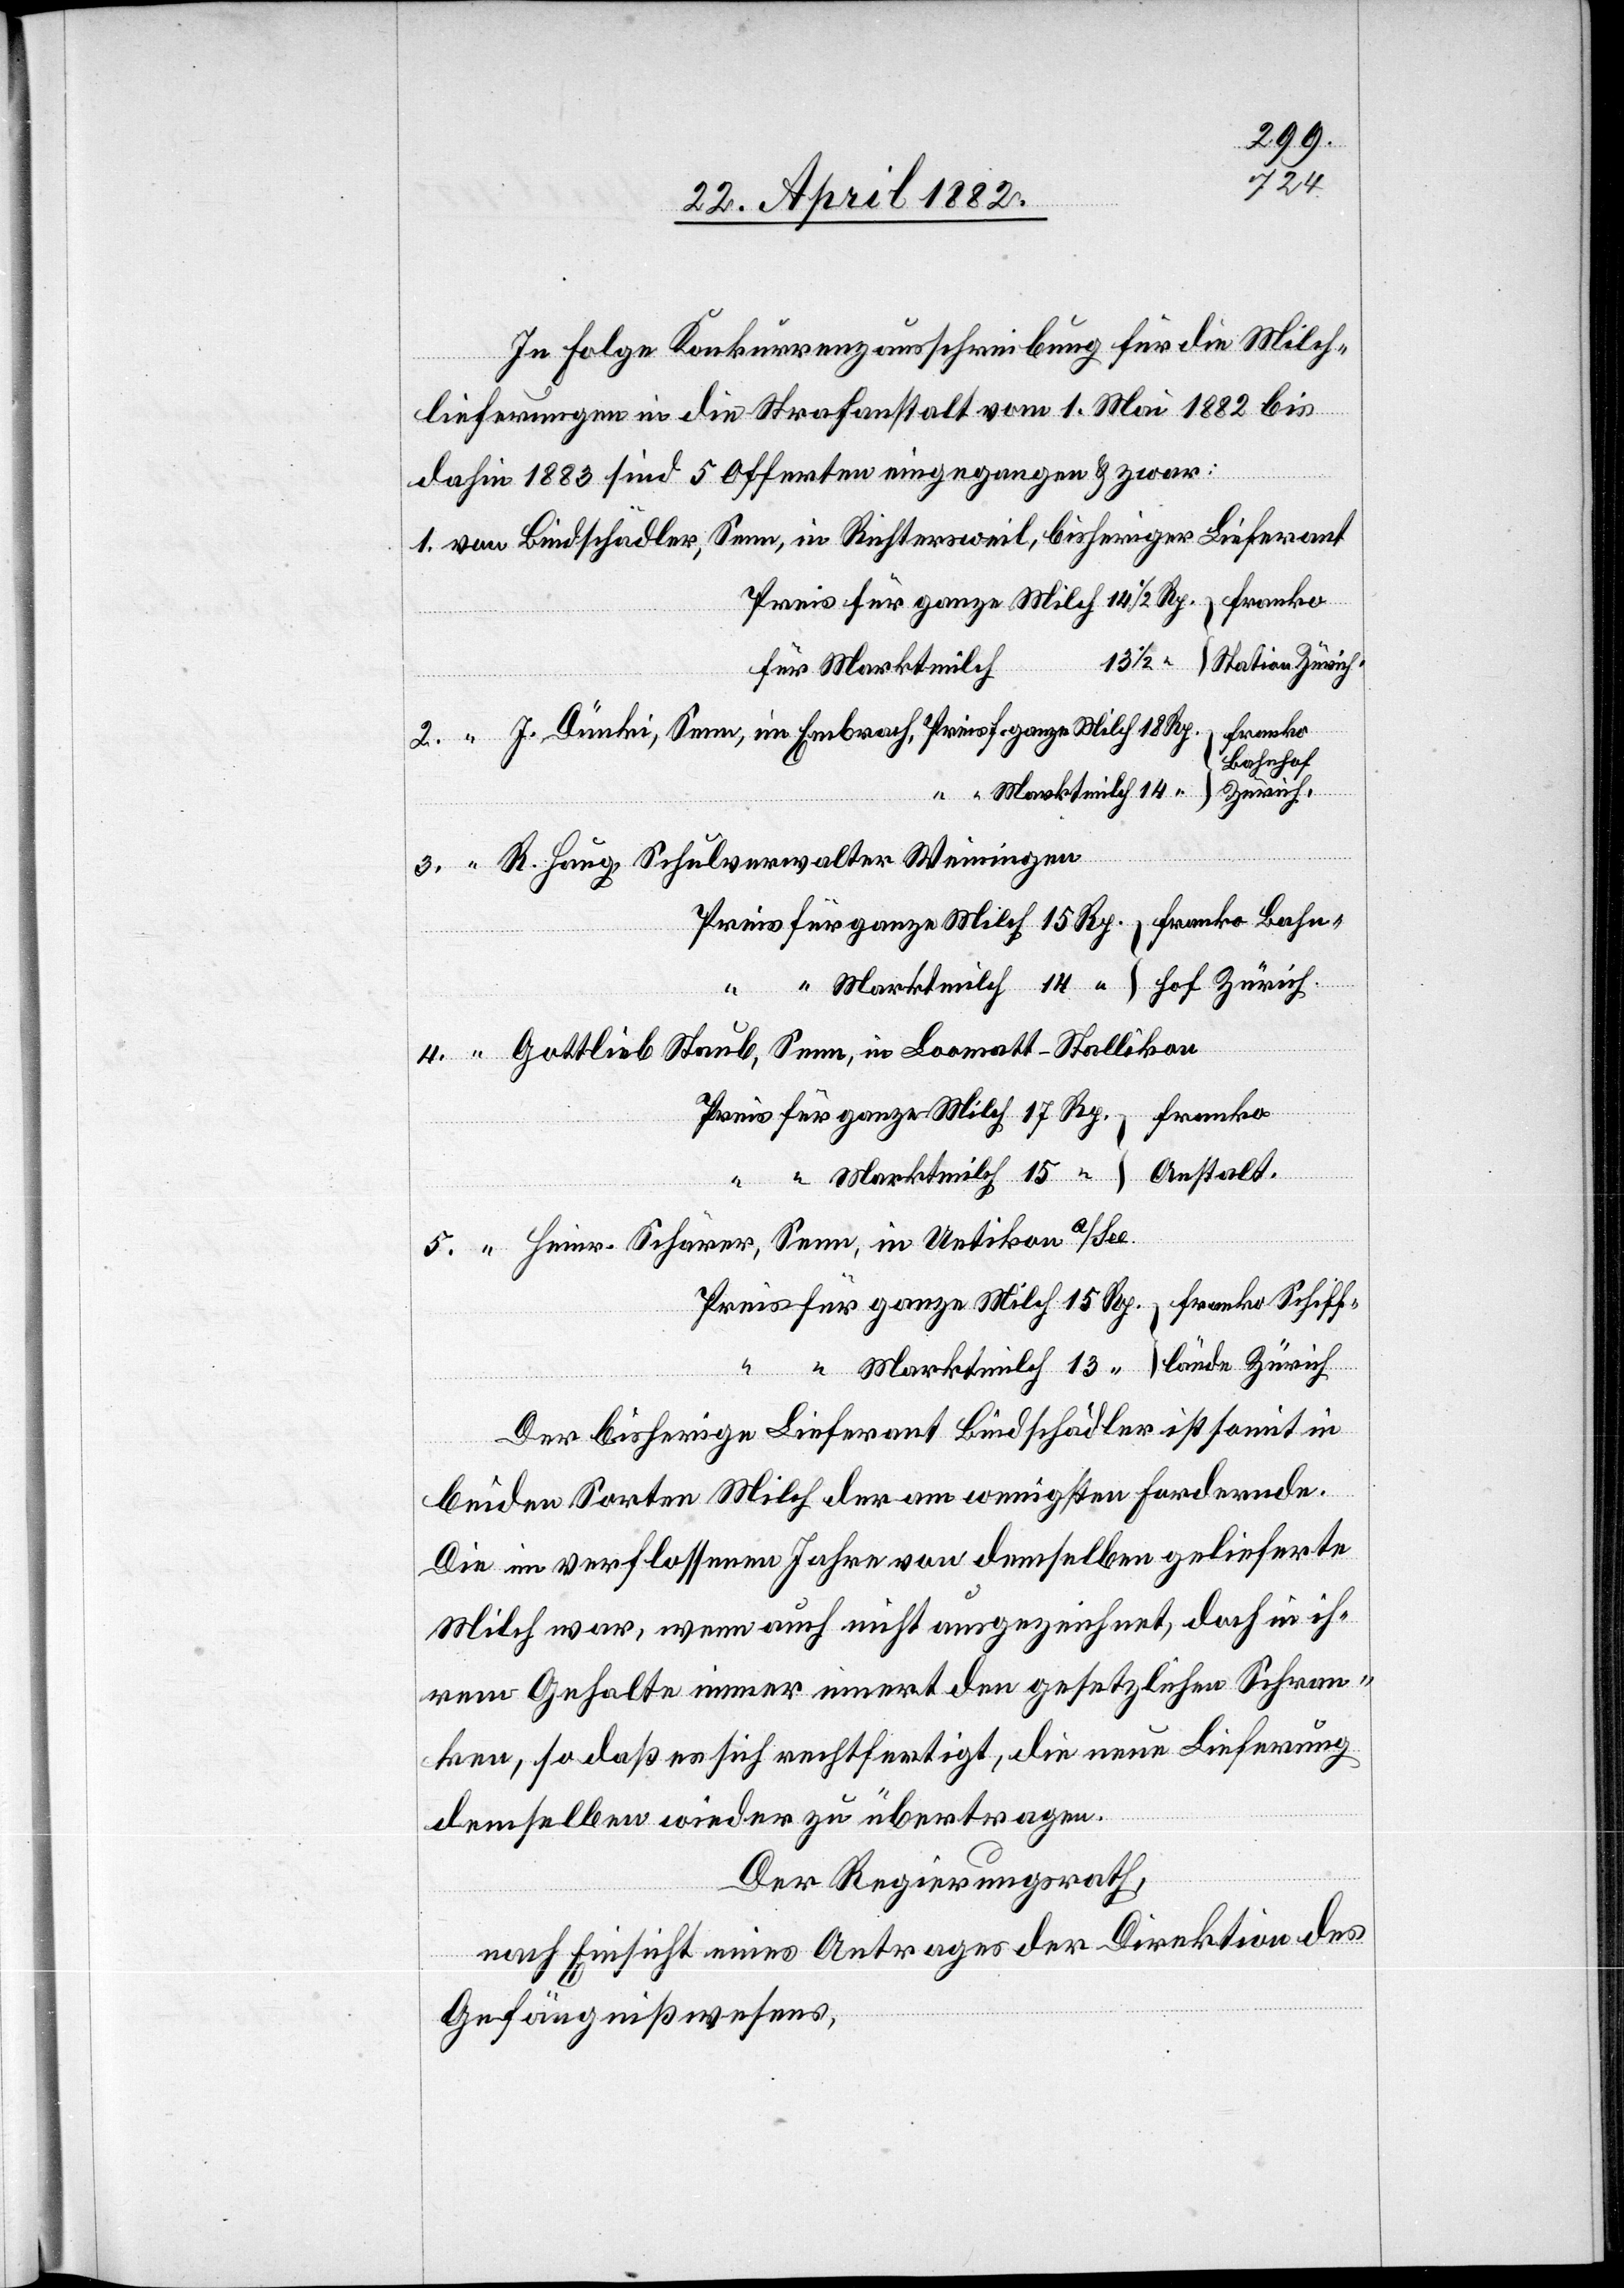
14
In Folge Konkurrenzausschreibung für die Milch¬
lieferungen in die Strafanstalt vom 1. Mai 1882 bis
dahin 1883 sind 5 Offerten eingegangen & zwar:
franko
13
Station Zürich.
Bahnhof
R. Hug, Schulverwalter Weiningen
4.
Gottlieb Staub, Seen, in Loomatt - Stallikon
5.
Der bisherige Lieferant Bindschädler ist somit in
beiden Sorten Milch der am wenigsten Fordernde.
Die im verflossenen Jahre von demselben gelieferte
Milch war, wenn auch nicht ausgezeichnet, doch in ih¬
rem Gehalte immer innert den gesetzlichen Schran¬
ken, so daß es sich rechtfertigt, die neue Lieferung
demselben wieder zu übertragen.
Der Regierungsrath,
nach Einsicht eines Antrages der Direktion des
Gefängnißwesens,